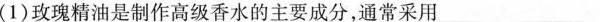
（1）玫瑰精油是制作高级想睡的主要成分，通常采用___